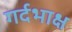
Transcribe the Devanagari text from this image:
गर्दभाक्ष